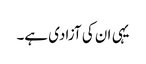
یہی ان کی آزادی ہے۔